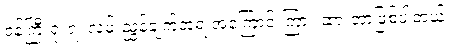
ဝန်ကြီးရုံးရဲ့ လမ်းညွှန်ချက်အရ အကြောင်းကြား ထားတာဖြစ်ပါတယ်။